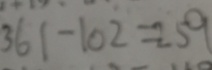
3 6 1 - 1 0 2 = 2 5 9